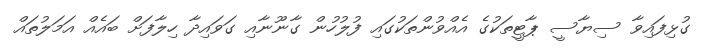
ގުޅިފައިވާ ސިޔާސީ ޕާޓީތަކުގެ އެއްވުންތަކުގައި ފުލުހުން ގާނޫނާއި ގަވައިދާ ހިލާފަށް ބައެއް އަމަލުތައް